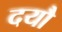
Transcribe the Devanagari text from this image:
दयौ